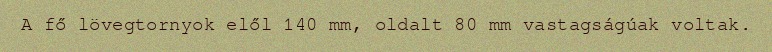
A fő lövegtornyok elől 140 mm, oldalt 80 mm vastagságúak voltak.